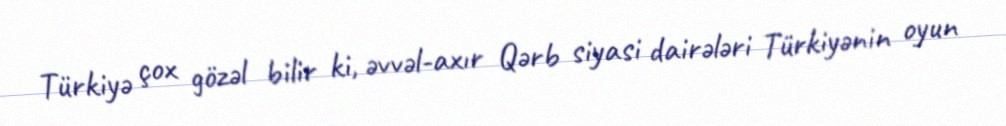
Türkiyə çox gözəl bilir ki, əvvəl-axır Qərb siyasi dairələri Türkiyənin oyun